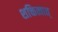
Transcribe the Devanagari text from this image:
शक्तित्वात्